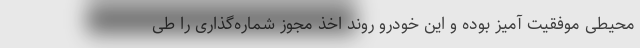
محیطی موفقیت آمیز بوده و این خودرو روند اخذ مجوز شماره‌گذاری را طی